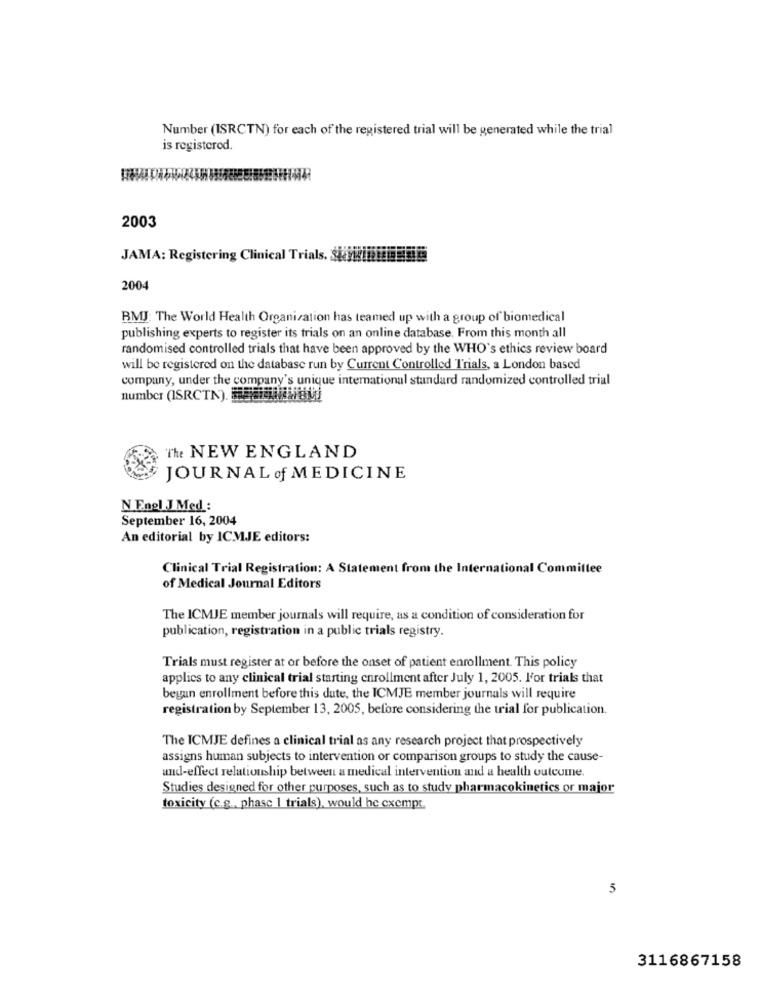
Number (ISRCTN) for each of the registered trial will be generated while the trial
is registered.
2003
JAMA: Registering Clinical Trials. SHY
2004
BMJ: The World Health Organization has teamed up with a group of biomedical
publishing experts to register its trials on an online database. From this month all
randomised controlled trials that have been approved by the WHO's ethics review board
will be registered on the database run by Current Controlled Trials, a London based
company, under the company's unique international standard randomized controlled trial
number (ISRCTK). Haoui
"The NEW ENGLAND
JOURNAL of MEDICINE
N Engl J Med :
September 16, 2004
An editorial by ICMJE editors:
Clinical Trial Registration: A Statement from the International Committee
of Medical Journal Editors
The ICMJE member journals will require, as a condition of consideration for
publication, registration in a public trials registry.
Trials must register at or before the onset of patient enrollment. This policy
applies to any clinical trial starting enrollment after July 1, 2005. l'or trials that
begun enrollment before this dute, the ICMJE member journals will require
registration by September 13, 2005, before considering the trial for publication.
The ICMJE defines a clinical trial as any research project that prospectively
assigns human subjects to intervention or comparison groups to study the cause-
and-effect relationship between a medical intervention and a health outcome.
Studies designed for other purposes, such as to study pharmacokinetics or major
toxicity (c.g ., phase 1 trials), would he exempt.
5
3116867158